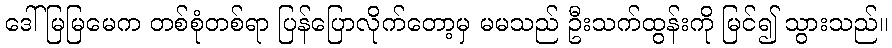
ဒေါ်မြမြမေက တစ်စုံတစ်ရာ ပြန်ပြောလိုက်တော့မှ မမသည် ဦးသက်ထွန်းကို မြင်၍ သွားသည်။